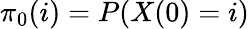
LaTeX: \pi_{0}(i)=P(X(0)=i)